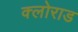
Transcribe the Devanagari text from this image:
क्लोराड